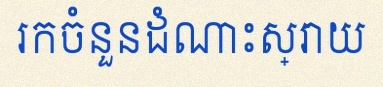
រកចំនួនដំណោះស្រាយ